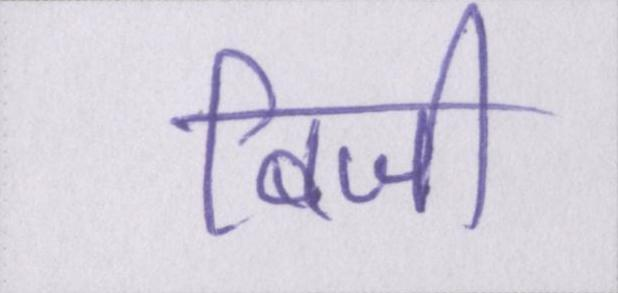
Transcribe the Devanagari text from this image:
बिजी